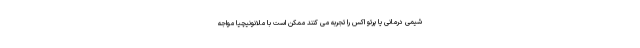
شیمی درمانی یا پرتو اکس را تجربه می کنند ممکن است با ملانونیچیا مواجه